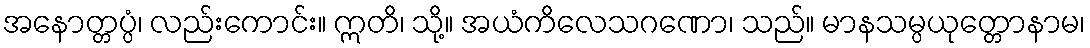
အနောတ္တပ္ပံ၊ လည်းကောင်း။ ဣတိ၊ သို့။ အယံကိလေသဂဏော၊ သည်။ မာနသမ္ပယုတ္တောနာမ၊